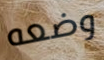
وضعه